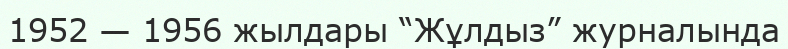
1952 — 1956 жылдары “Жұлдыз” журналында